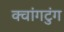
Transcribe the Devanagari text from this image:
क्वांगटुंग